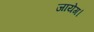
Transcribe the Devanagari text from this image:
जायेग।